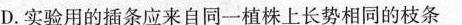
D.实验用的插条应来自同一植株上长势相同的枝条